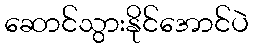
ဆောင်သွားနိုင်အောင်ပဲ